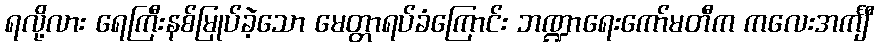
ရလို့လား ရေကြီးနစ်မြုပ်ခဲ့သော မေတ္တာရပ်ခံကြောင်း ဘဏ္ဍာရေးကော်မတီက ကလေးအင်္ကျီ